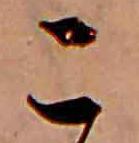
こ